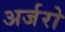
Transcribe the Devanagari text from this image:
अर्जरो